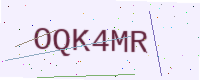
Text: OQK4MR